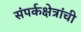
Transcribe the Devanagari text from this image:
संपर्कक्षेत्रांची